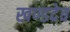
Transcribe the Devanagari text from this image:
खण्डदेव